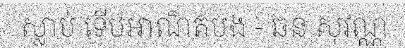
ស្លាប់ ទើបអាណិតបង - ឆន សុវណ្ណ